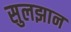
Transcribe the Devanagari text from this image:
सुलझान